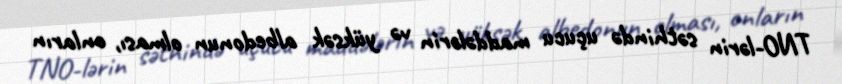
TNO-lərin səthində uçucu maddələrin və yüksək albedonun olması, onların